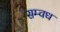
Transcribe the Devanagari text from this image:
सम्वध